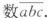
数\overline{abc}.